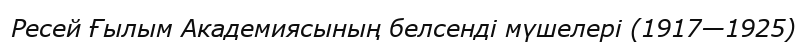
Ресей Ғылым Академиясының белсенді мүшелері (1917—1925)